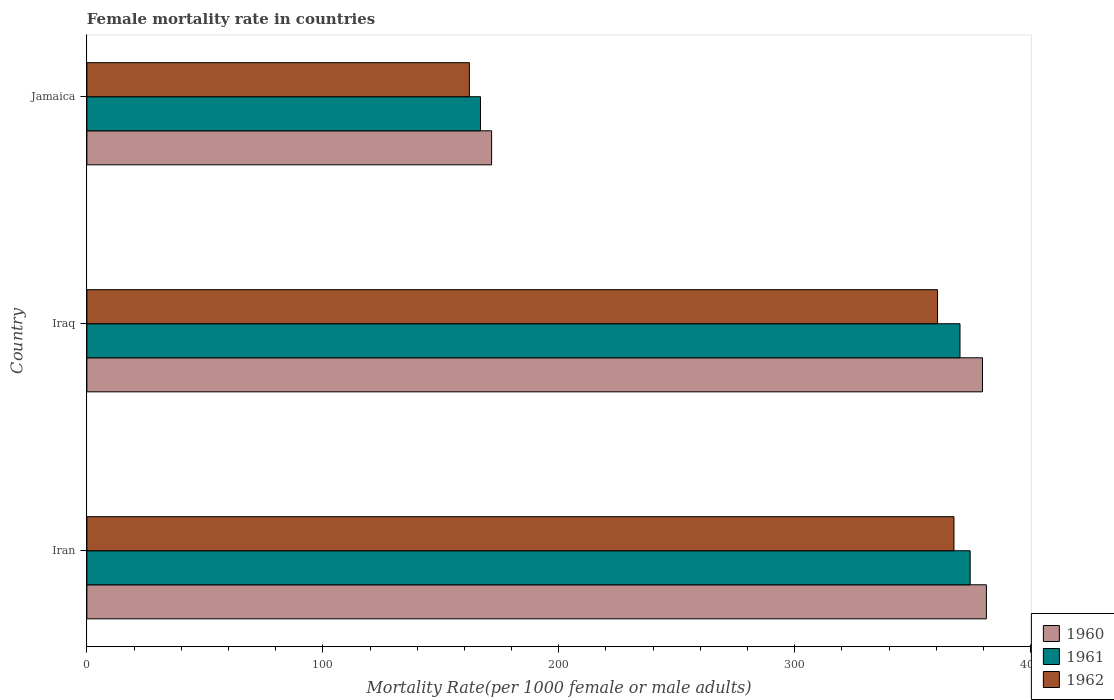
| Country | 1960 | 1961 | 1962 |
 | --- | --- | --- | --- |
 | Iran | 381 | 374 | 367 |
 | Iraq | 380 | 370 | 361 |
 | Jamaica | 172 | 167 | 162 |